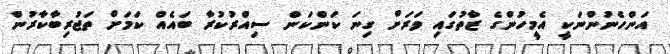
އަންހެނުންނަކީ އެމީހުންގެ ޒާތުގައި ވަރަށް ގިނަ ކަންކަން ސިއްރުކުރާ ބައެއް ކަމަށް ތަޖުރިބާކާރުން